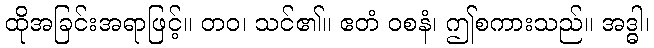
ထိုအခြင်းအရာဖြင့်။ တဝ၊ သင်၏။ ဧတံ ဝစနံ၊ ဤစကားသည်။ အဒ္ဓါ၊